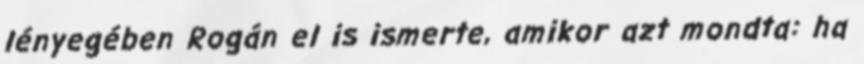
lényegében Rogán el is ismerte, amikor azt mondta: ha